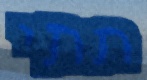
תתי